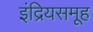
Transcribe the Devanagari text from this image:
इंद्रियसमूह